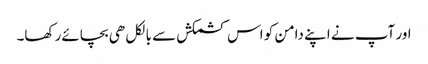
اور آپ نے اپنے دامن کو اس کشمکش سے بالکل ھی بچائے رکھا۔